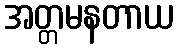
အတ္တမနတာယ